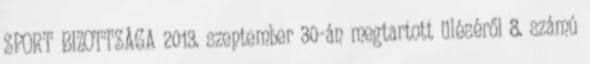
SPORT BIZOTTSÁGA 2013. szeptember 30-án megtartott üléséről 8. számú